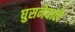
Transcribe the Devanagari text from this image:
घुसनेवाले